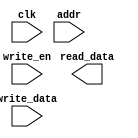
`timescale 1ns / 1ps
//////////////////////////////////////////////////////////////////////////////////
// Company: 
// Engineer: 
// 
// Design Name: 
// Module Name:    data_mem 
// Project Name: 
// Target Devices: 
// Tool versions: 
// Description: 
//
// Dependencies: 
//
// Revision: 
// Revision 0.01 - File Created
// Additional Comments: 
//
//////////////////////////////////////////////////////////////////////////////////
module data_mem #(parameter WIDTH = 16)
   (input clk,
	 input write_en,
    input [WIDTH-1:0] write_data,
    input [WIDTH-1:0] addr,
    output [WIDTH-1:0] read_data
    );
	 
//	reg [WIDTH-1:0] mem_block [255:0];
//	
//	//initial $readmemh("fib.dat", mips_ram);
//
//   always @(posedge clk)
//      if (write_en) 
//			mem_block[addr] <= write_data;
//		
//	assign read_data = mem_block[addr];


endmodule